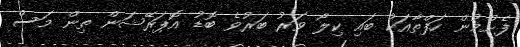
ފެށުމުން ހަފްތާއަކު ބައި ކިލޯ ވަރު ބަރުވެ ބޮޑު އޮޕަރޭޝަން ތިން މަސް